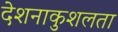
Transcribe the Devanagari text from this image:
देशनाकुशलता